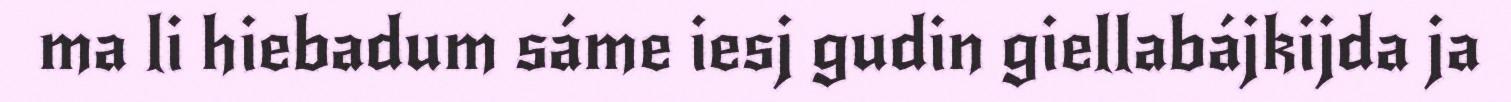
ma li hiebadum sáme iesj gudin giellabájkijda ja